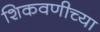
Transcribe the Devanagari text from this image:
शिकवणीच्या